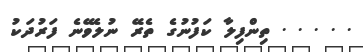
. . . . . ތިންފިލާ ކަފުނުގެ ތެރޭ ނުލެވޭނެ ފަރުދަކު